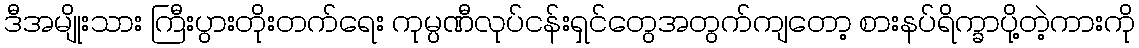
ဒီအမျိုးသား ကြီးပွားတိုးတက်ရေး ကုမ္ပဏီလုပ်ငန်းရှင်တွေအတွက်ကျတော့ စားနပ်ရိက္ခာပို့တဲ့ကားကို